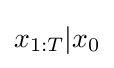
x_{1:T}|x_{0}